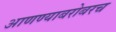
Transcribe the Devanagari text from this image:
आणण्याबरोबरच